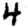
Digit: 4